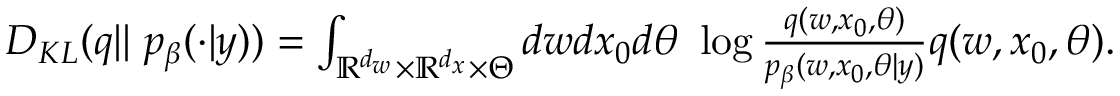
\begin{array} { r } { D _ { K L } ( q | | \ p _ { \beta } ( \cdot | y ) ) = \int _ { \mathbb { R } ^ { d _ { w } } \times \mathbb { R } ^ { d _ { x } } \times \Theta } d w d x _ { 0 } d \theta \ \log { \frac { q ( w , x _ { 0 } , \theta ) } { p _ { \beta } ( w , x _ { 0 } , \theta | y ) } } q ( w , x _ { 0 } , \theta ) . } \end{array}